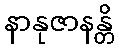
နာနုဇာနန္တိ